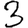
Digit: 3